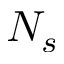
N _ { s }